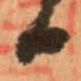
日